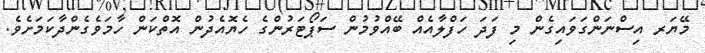
މޭޔަރ އިސްނަންގަވައިގެން މި ފަދަ ހަފްލާއެއް ބޭއްވުމުން ސަޕޯޓަރުންގެ ހެޔޮއެދުން އޮތްކަން ހާމަވެގެންދާކަމަށެވެ.